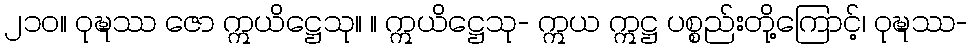
၂၁၀။ ဝုဍ္ဎဿ ဇော ဣယိဋ္ဌေသု။ ။ ဣယိဋ္ဌေသု- ဣယ ဣဋ္ဌ ပစ္စည်းတို့ကြောင့်၊ ဝုဍ္ဎဿ-